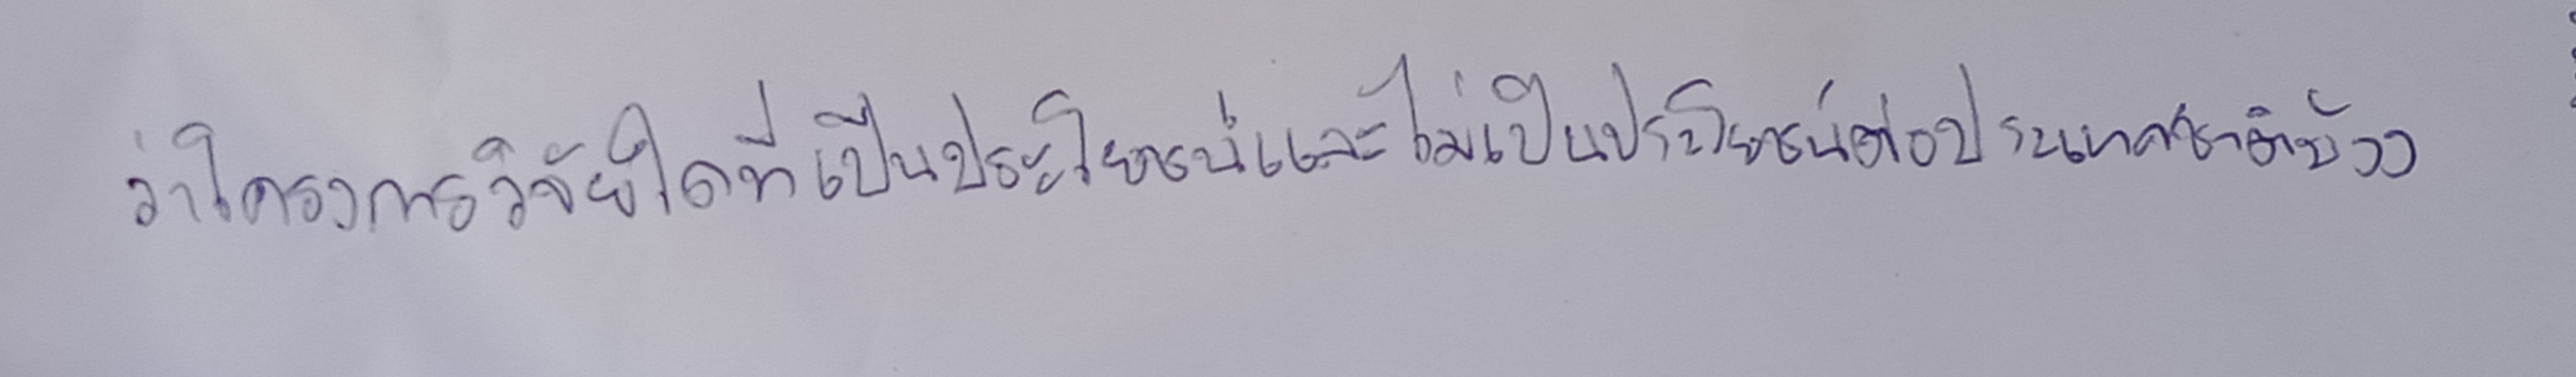
ว่าโครงการวิจัยใดที่เป็นประโยชน์และไม่เป็นประโยชน์ต่อประเทศชาติบ้าง